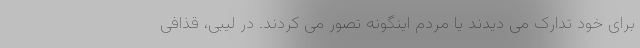
برای خود تدارک می دیدند یا مردم اینگونه تصور می کردند. در لیبی، قذافی